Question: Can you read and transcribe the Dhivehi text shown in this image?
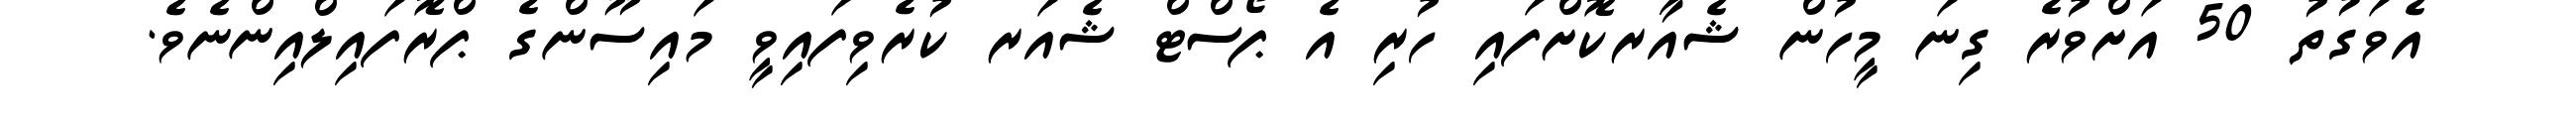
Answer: އެވަގުތު 50 އަށްވުރެ ގިނަ މީހުން ޝެއާރކޮށްފައި ހުރި އެ ޕޯސްޓް ޝެއަރ ކުރެވިފައިވީ މައިސޫންގެ ޕްރޮފައިލްއިންނެވެ.